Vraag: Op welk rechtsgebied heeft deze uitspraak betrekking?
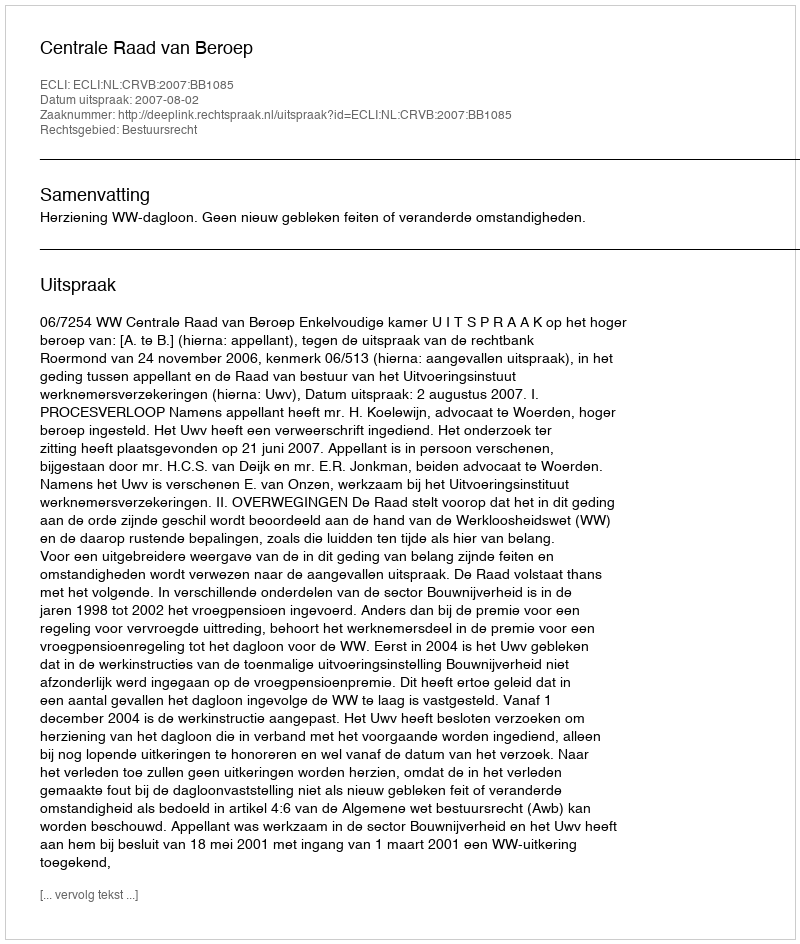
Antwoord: Bestuursrecht